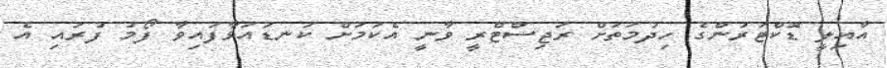
އާއިލީ ޑޮކްޓަރުންގެ ހިދުމަތަށް ރަޖިސްޓްރީ ވާނީ އެކަމަށް ކަނޑައަޅާފައިވާ ފޯމު ފުރައި އެ